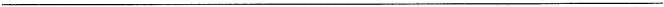
___